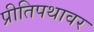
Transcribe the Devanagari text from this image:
प्रीतिपथावर